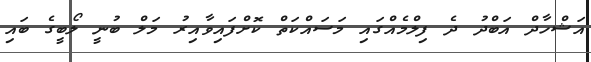
އަޝްހާދް އަބްދު ދެ ފިލްމެއްގައި މަސައްކަތް ކޮށްފައިވާއިރު މަލް ބުނީ ލޯބީގެ ބައި